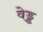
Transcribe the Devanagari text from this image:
वेड्ड